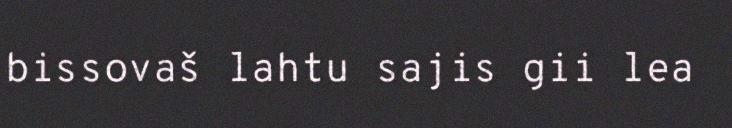
bissovaš lahtu sajis gii lea